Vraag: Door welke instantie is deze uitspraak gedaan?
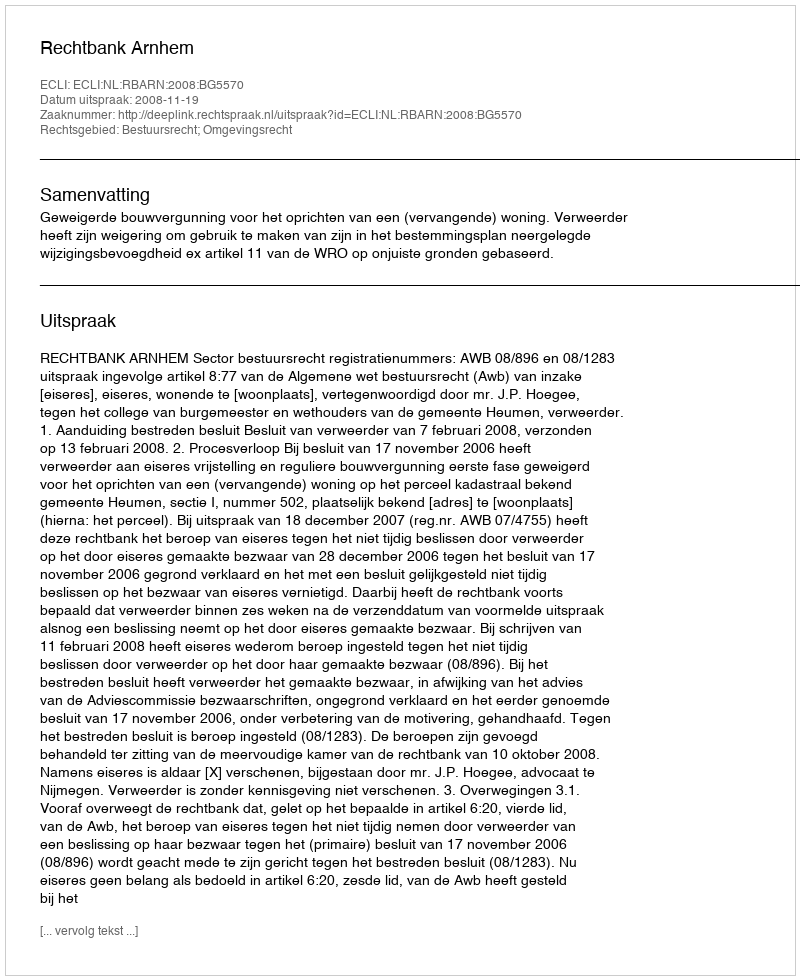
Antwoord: Rechtbank Arnhem